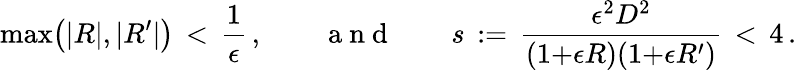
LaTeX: \operatorname*{max}\bigl(|R|,|R^{\prime}|\bigr)\, <\, \frac{1}{\epsilon}\, ,\qquad\mathrm{~a~n~d~}\qquad s\, :=\, \frac{\epsilon^{2}D^{2}}{(1{+}\epsilon R)(1{+}\epsilon R^{\prime})}\, <\, 4\, .